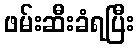
ဖမ်းဆီးခံရပြီး